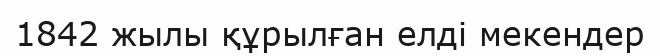
1842 жылы құрылған елді мекендер